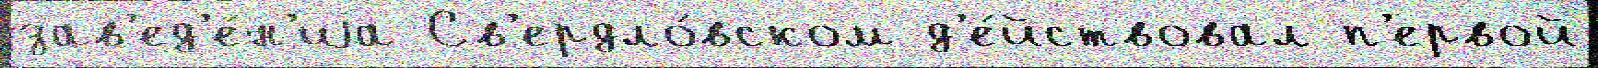
зав'ед'е́н'иjа Св'ердло́вском д'е́йствовал п'ервой